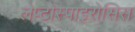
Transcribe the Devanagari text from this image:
लेप्टोस्पाइरोसिस